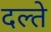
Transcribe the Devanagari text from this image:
दल्ते